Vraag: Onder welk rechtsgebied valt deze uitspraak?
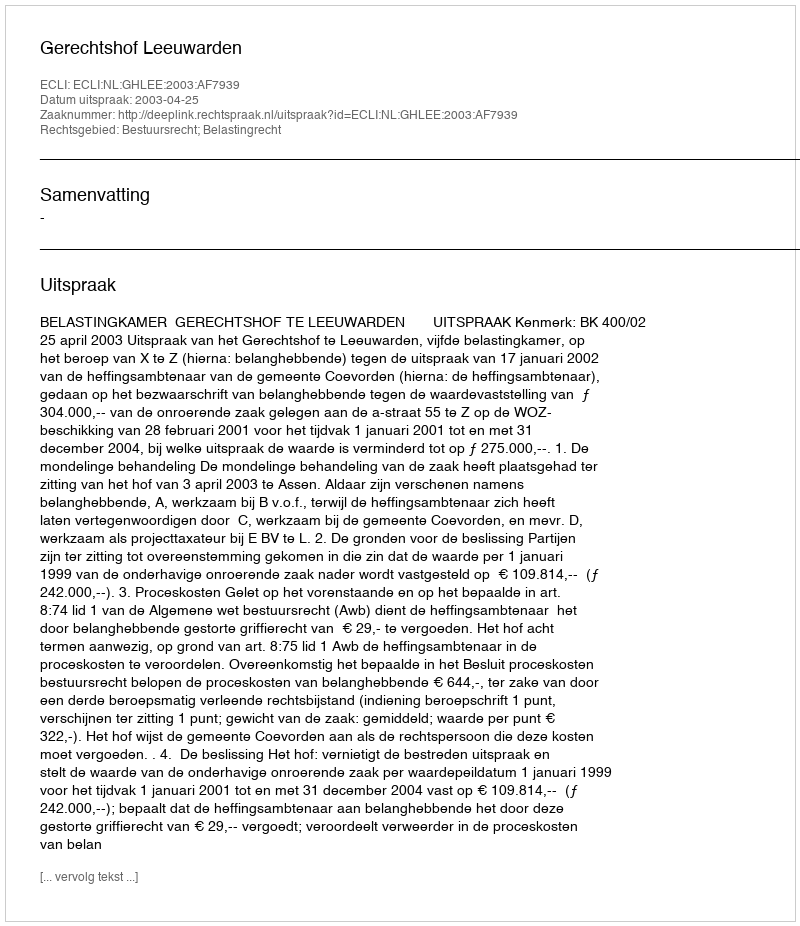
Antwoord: Bestuursrecht; Belastingrecht